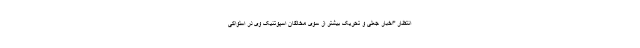
انتظار "اخبار جعلی و تحریک بیشتر از سوی مخالفان اسپوتنیک وی در اسلواکی